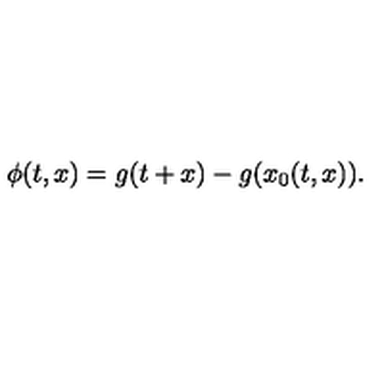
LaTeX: \phi ( t , x ) = g ( t + x ) - g ( x _ { 0 } ( t , x ) ) .